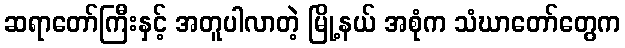
ဆရာတော်ကြီးနှင့် အတူပါလာတဲ့ မြို့နယ် အစုံက သံဃာတော်တွေက